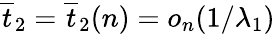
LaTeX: \overline{{t}}_{2}=\overline{{t}}_{2}(n)=o_{n}(1/\lambda_{1})